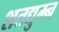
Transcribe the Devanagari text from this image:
शतद्युम्न